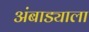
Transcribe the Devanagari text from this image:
अंबाड्याला